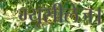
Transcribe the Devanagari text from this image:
म्यूसीलेज।